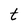
Character: t